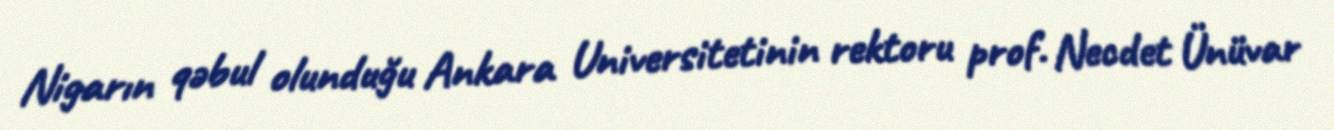
Nigarın qəbul olunduğu Ankara Universitetinin rektoru prof. Necdet Ünüvar